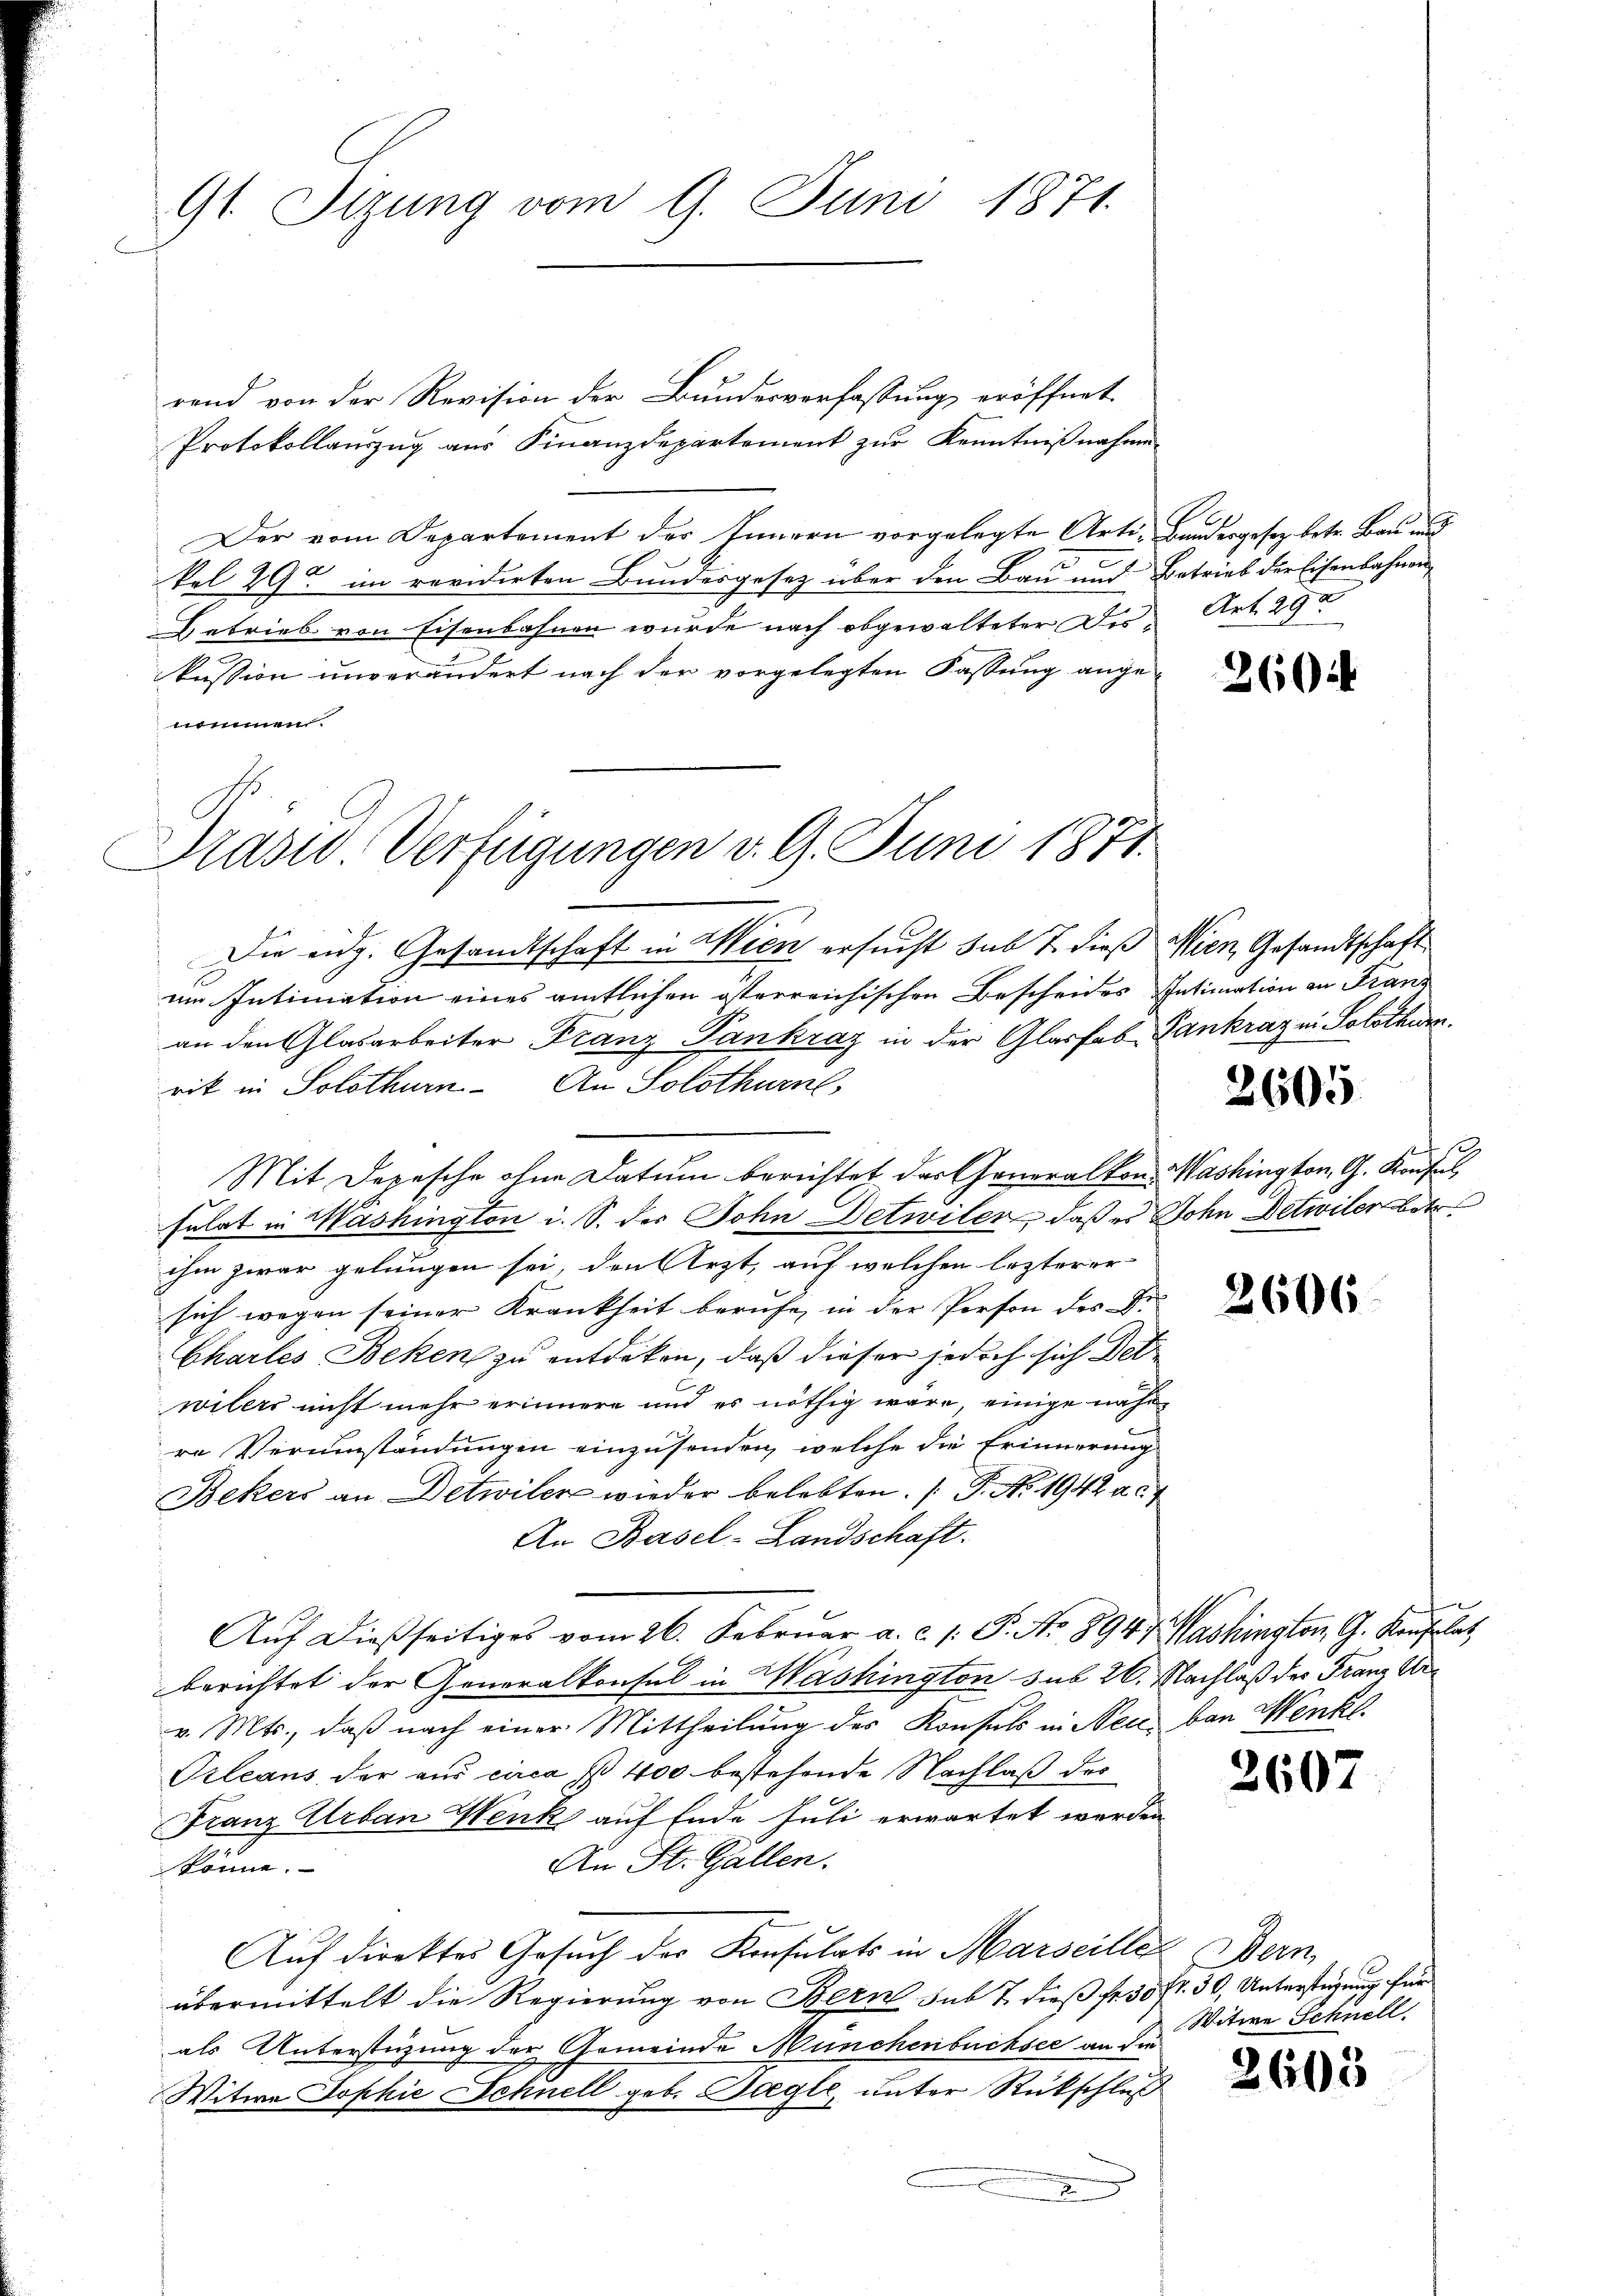
91. Sizung vom 9. Juni 1871.

rend von der Revision der Bundesverfassung eröffnet
Protokollauszug aus Finanzdepartement zur Kenntnißnahme
Der vom Departement der Innern vorgelegte Arti-Baudergesetz betr. Bau und
kel 29 im revidirten Bundesgesetz über den Bau und Betrieb der Eisenbahnen
Betrieb von Eisenbahnen wurde nach obgewalteter Des Art. 292
kussion unverändert nach der vorgelegten Fassung ange-
nommen.
Die eidg. Gesandtschaft in Wien ersucht sub 7. dieß Wien, Gesandtschaft
im Intimation eines amtlichen österreichischen Bescheides Intimation an Franz
an den Glasarbeiter Franz Pankraz in der Glasfab Gankraz in Solothurn.
rik in Solothurn. An Solothurn,
f
Mit Depesche ohne Datum berichtet der Generalkon. Washington, G. Konful
sulat in Washington i. S. der John Detwiler, daß es Sohn Detwilerbet
ihm zwar gelungen sei, den Arzt, auf welchen lezterer
sich wegen seiner Krankheit berufe, in der Person des Dr
Chartes Beken zu entdeken, daß dieser jedoch sich Det
wilers nicht mehr erinnere und es nöthig wäre, einige nähe
re Verumständungen einzusenden, welche die Erinnerung
Bekers an Detwiler wieder belebten. (T. No. 1942 a.c.
An Basel-Landschaft.
Auf dießseitiges vom 26. Februar a. c. 1. P. No 8947. Washington, G. Konflat,
berichtet der Generalkonsul in Washington sub 26. Nachlaß des Franz Arv. Mts., daß nach einer Mittheilung des Konsuls in Neu ban Wenkl
Prleans der aus circa 400 bestehende Nachlaß des
Franz Urban Wenk auf Ende Juli erwartet werden
An St. Gallen.
könne.
Auf direktes Gesuch der Konsulats in Marseiller Bern,
übermittelt die Regierung von Bern sub 7. dieß fr. 50 fr. 30, Unterstüzung für
als Unterstüzung der Gemeinde Münchenbüchsee an die
Witwe Sophie Schnell geb. Tagle, unter Rückschluß
.

Prasse Verfügungen v. 9. Juni 1871.

260

2605

2606

6

2607

Witwe Schnell

2605